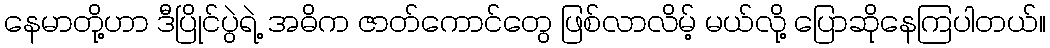
နေမာတို့ဟာ ဒီပြိုင်ပွဲရဲ့ အဓိက ဇာတ်ကောင်တွေ ဖြစ်လာလိမ့် မယ်လို့ ပြောဆိုနေကြပါတယ်။